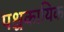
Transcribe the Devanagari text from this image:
पश्चकायिक